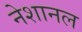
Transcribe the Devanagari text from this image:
नेशानल